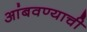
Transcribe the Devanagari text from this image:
आंबवण्याची